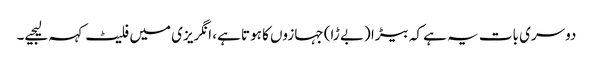
دوسری بات یہ ہے کہ بیڑا (بے ڑا) جہازوں کا ہوتا ہے، انگریزی میں فلیٹ کہہ لیجیے۔